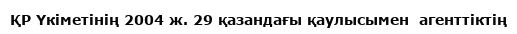
ҚР Үкіметінің 2004 ж. 29 қазандағы қаулысымен  агенттіктің